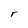
Character: r